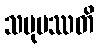
သမုပဿတိ